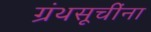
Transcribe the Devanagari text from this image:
ग्रंथसूचींना